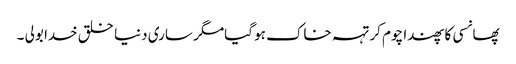
پھانسی کا پھندا چوم کر تہہ خاک ہو گیامگر ساری دنیا خلق خدا بولی ۔